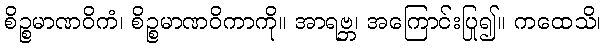
စိဉ္စမာဏဝိကံ၊ စိဉ္စမာဏဝိကာကို။ အာရဗ္ဘ၊ အကြောင်းပြု၍။ ကထေသိ၊